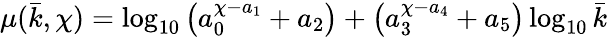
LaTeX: \mu(\bar{k},\chi)=\log_{10}\left(a_{0}^{\chi-a_{1}}+a_{2}\right)+\left(a_{3}^{\chi-a_{4}}+a_{5}\right)\log_{10}\bar{k}